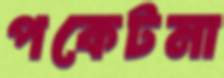
পকেটমা